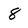
Character: 8